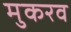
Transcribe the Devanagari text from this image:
मुकरव